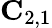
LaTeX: {\mathbf C}_{2,1}